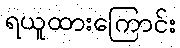
ရယူထားကြောင်း